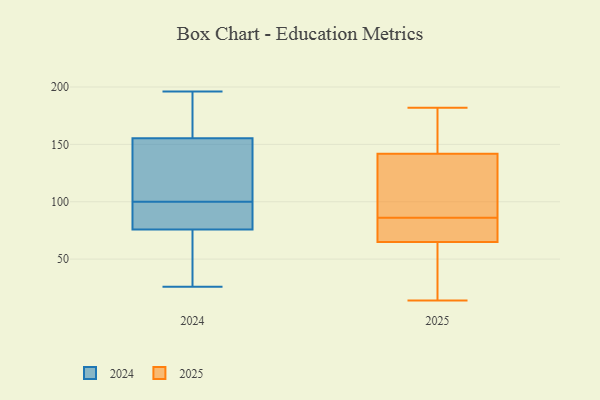
{"axis": {"x": "LTV (USD)", "y": "Value"}, "legend": ["2024", "2025"], "data": [{"x": "", "y": 68, "type": "2025"}, {"x": "", "y": 133, "type": "2025"}, {"x": "", "y": 75, "type": "2025"}, {"x": "", "y": 168, "type": "2025"}, {"x": "", "y": 86, "type": "2025"}, {"x": "", "y": 14, "type": "2025"}, {"x": "", "y": 182, "type": "2025"}, {"x": "", "y": 86, "type": "2025"}, {"x": "", "y": 48, "type": "2025"}, {"x": "", "y": 106, "type": "2025"}, {"x": "", "y": 129, "type": "2025"}, {"x": "", "y": 56, "type": "2025"}, {"x": "", "y": 175, "type": "2025"}, {"x": "", "y": 100, "type": "2024"}, {"x": "", "y": 144, "type": "2024"}, {"x": "", "y": 26, "type": "2024"}, {"x": "", "y": 104, "type": "2024"}, {"x": "", "y": 54, "type": "2024"}, {"x": "", "y": 56, "type": "2024"}, {"x": "", "y": 87, "type": "2024"}, {"x": "", "y": 196, "type": "2024"}, {"x": "", "y": 96, "type": "2024"}, {"x": "", "y": 93, "type": "2024"}, {"x": "", "y": 153, "type": "2024"}, {"x": "", "y": 72, "type": "2024"}, {"x": "", "y": 160, "type": "2024"}, {"x": "", "y": 156, "type": "2024"}, {"x": "", "y": 156, "type": "2024"}]}